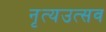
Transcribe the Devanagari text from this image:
नृत्यउत्सव